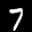
Label: 7